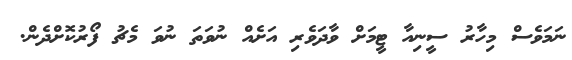
ނަމަވެސް މިހާރު ސީނިއާ ޓީމަށް ވާދަވެރި އަށެއް ނުވަތަ ނުވަ މެޗު ފޯރުކޮށްދެން.